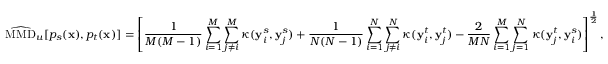
\widehat { \mathrm { M M D } } _ { u } [ p _ { s } ( \mathbf { x } ) , p _ { t } ( \mathbf { x } ) ] = \left[ \frac { 1 } { M ( M - 1 ) } \sum _ { i = 1 } ^ { M } \sum _ { j \neq i } ^ { M } \kappa ( \mathbf { y } _ { i } ^ { s } , \mathbf { y } _ { j } ^ { s } ) + \frac { 1 } { N ( N - 1 ) } \sum _ { i = 1 } ^ { N } \sum _ { j \neq i } ^ { N } \kappa ( \mathbf { y } _ { i } ^ { t } , \mathbf { y } _ { j } ^ { t } ) - \frac { 2 } { M N } \sum _ { i = 1 } ^ { M } \sum _ { j = 1 } ^ { N } \kappa ( \mathbf { y } _ { j } ^ { t } , \mathbf { y } _ { i } ^ { s } ) \right] ^ { \frac { 1 } { 2 } } ,